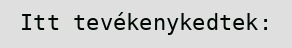
Itt tevékenykedtek: